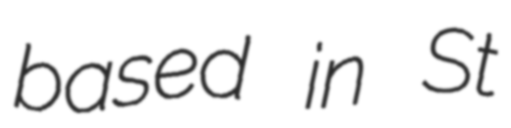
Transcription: based in St